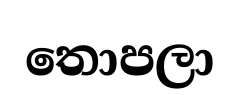
තොපලා